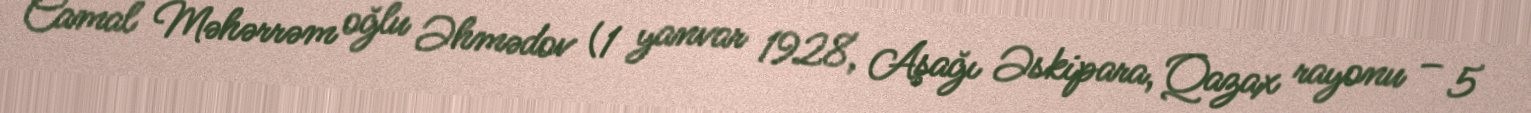
Camal Məhərrəm oğlu Əhmədov (1 yanvar 1928, Aşağı Əskipara, Qazax rayonu – 5